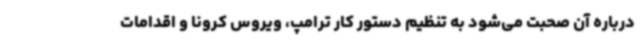
درباره آن صحبت می‌شود به تنظیم دستور کار ترامپ، ویروس کرونا و اقدامات